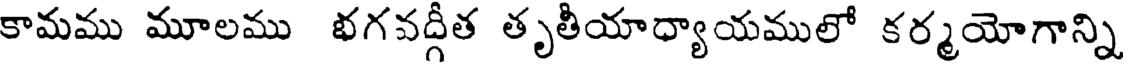
కామము మూలము భగవద్గీత తృతీయాధ్యాయములో కర్మయోగాన్ని